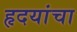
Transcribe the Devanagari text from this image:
हृदयांचा